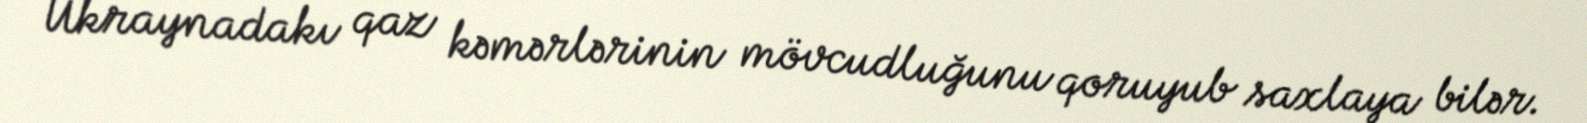
Ukraynadakı qaz kəmərlərinin mövcudluğunu qoruyub saxlaya bilər.